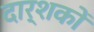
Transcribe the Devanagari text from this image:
दार्शकों